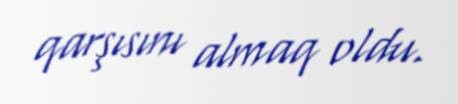
qarşısını almaq oldu.